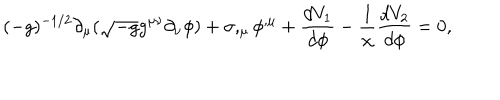
( - g ) ^ { - 1 / 2 } \partial _ { \mu } ( \sqrt { - g } g ^ { \mu \nu } \partial _ { \nu } \phi ) + \sigma , _ { \mu } \phi ^ { , \mu } + \frac { d V _ { 1 } } { d \phi } - \frac { 1 } { \chi } \frac { d V _ { 2 } } { d \phi } = 0 ,